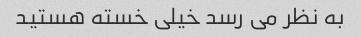
به نظر می رسد خیلی خسته هستید